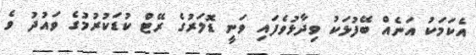
އެކަމަކު އަނެއް ބޭފުޅަކު ވިދާޅުވެފައި ވަނީ ޑޮލަރުގެ ރޭޓް ކުޑަކުރުމުގެ ވައުދު ވެ